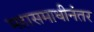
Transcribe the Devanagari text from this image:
महासमाधीनंतर